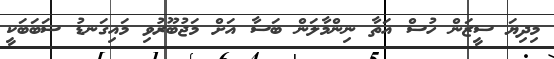
މިދިޔަ ސީޒަން ހުސް އަތާ ނިންމާލަން ބަސާ އަށް މަޖުބޫރުވި މައިގަނޑު ސަބަބަކީ